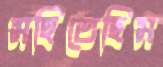
সহিতেছিস